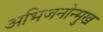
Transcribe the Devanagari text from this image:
अभिजनोन्मुख